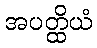
အပတ္ထိယံ